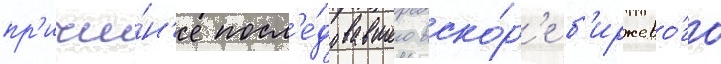
пр'ичи́н'е посл'е́довавшего вско́р'е б'иржево́го